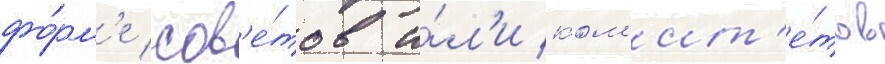
фо́рм'е сов'е́тов и́л'и ком'ит'е́тов